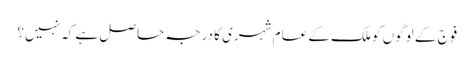
فوج کے لوگوں کو ملک کے عام شہری کا درجہ حاصل ہے کہ نہیں؟